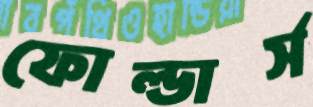
ফোল্ডার্স